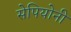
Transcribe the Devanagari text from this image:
सेपियोनी